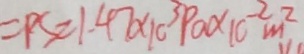
= P S = 1 . 4 7 \times 1 0 ^ { 3 } P a \times 1 0 ^ { - 2 } m ^ { 2 }